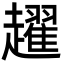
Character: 趯